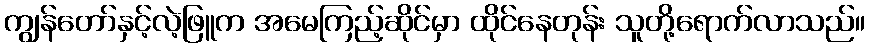
ကျွန်တော်နှင့်လဲ့ဖြူက အမေကြည့်ဆိုင်မှာ ထိုင်နေတုန်း သူတို့ရောက်လာသည်။